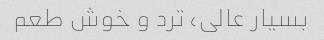
بسیار عالی، ترد و خوش طعم